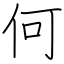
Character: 何